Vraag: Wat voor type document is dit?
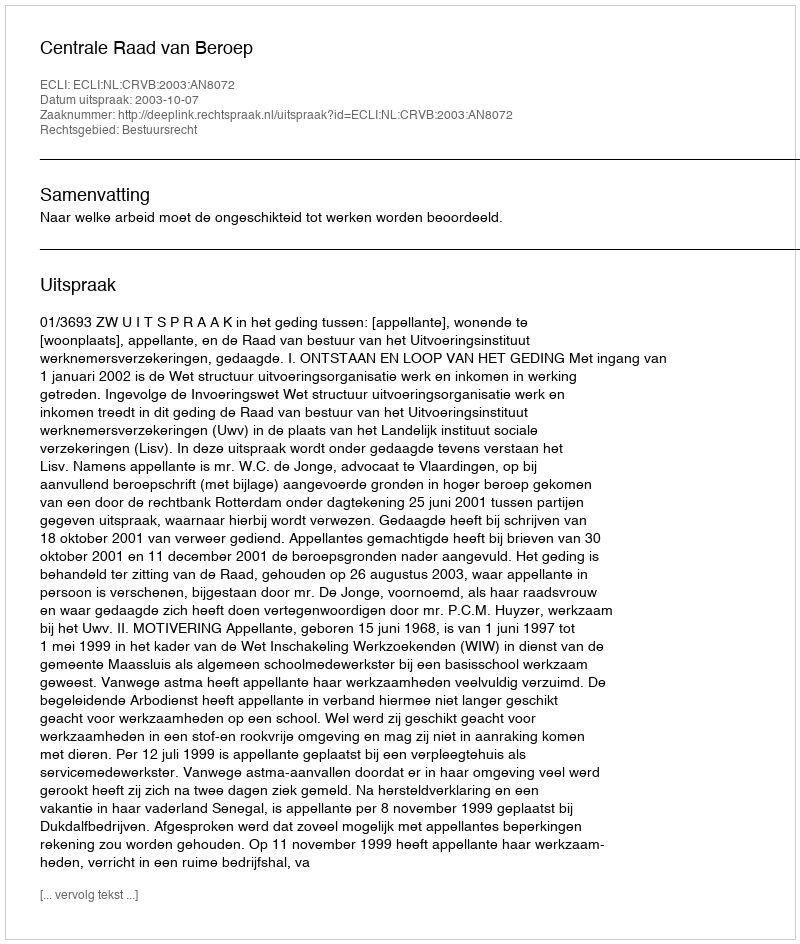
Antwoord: Uitspraak